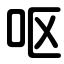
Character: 呕